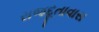
રાજદૂતાવાસ